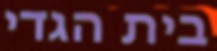
בית הגדי